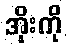
အိုးကို